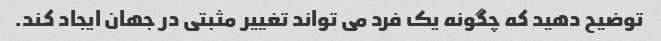
توضیح دهید که چگونه یک فرد می تواند تغییر مثبتی در جهان ایجاد کند.